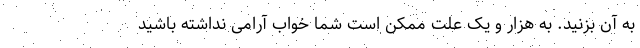
به آن بزنید. به هزار و یک علت ممکن است شما خواب آرامی نداشته باشید